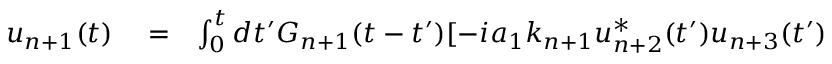
\begin{array} { r l r } { u _ { n + 1 } ( t ) } & { { } = } & { \int _ { 0 } ^ { t } d t ^ { \prime } G _ { n + 1 } ( t - t ^ { \prime } ) [ - i a _ { 1 } k _ { n + 1 } u _ { n + 2 } ^ { * } ( t ^ { \prime } ) u _ { n + 3 } ( t ^ { \prime } ) } \end{array}